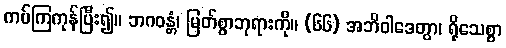
ကပ်ကြကုန်ပြီး၍။ ဘဂဝန္တံ၊ မြတ်စွာဘုရားကို။ (၆၆) အဘိဝါဒေတွာ၊ ရိုသေစွာ